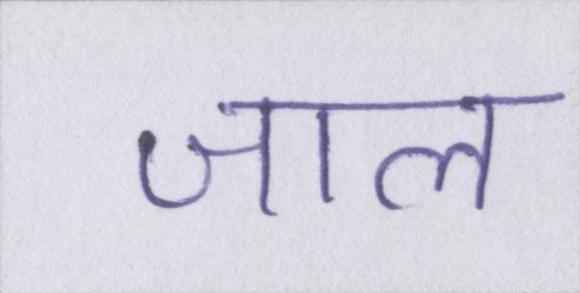
जाल